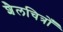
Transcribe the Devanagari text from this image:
शैलचित्रोँ